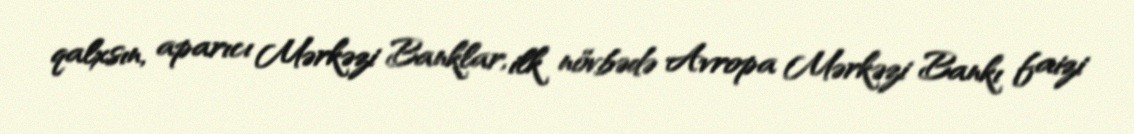
qalxsın, aparıcı Mərkəzi Banklar, ilk növbədə Avropa Mərkəzi Bankı faizi